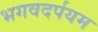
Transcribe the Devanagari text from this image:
भगवदर्पयम